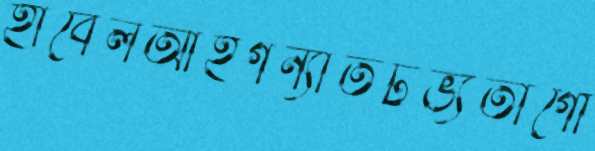
হাবেলআইগন্যাতটভ্যতাগৌ